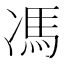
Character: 馮